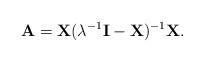
LaTeX: \begin{align*} \mathbf{A}= \mathbf{X}(\lambda^{-1}\mathbf{I}- \mathbf{X})^{-1} \mathbf{X}.\end{align*}